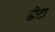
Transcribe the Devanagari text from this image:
डीटा